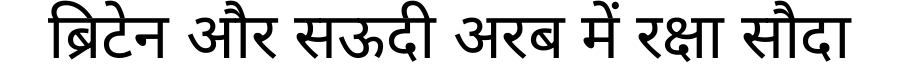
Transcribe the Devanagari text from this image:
ब्रिटेन और सऊदी अरब में रक्षा सौदा